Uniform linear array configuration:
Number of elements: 12
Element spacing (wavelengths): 1
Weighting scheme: binomial
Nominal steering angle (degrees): -15
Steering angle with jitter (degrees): -13.242
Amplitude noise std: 0.05
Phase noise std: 0.05

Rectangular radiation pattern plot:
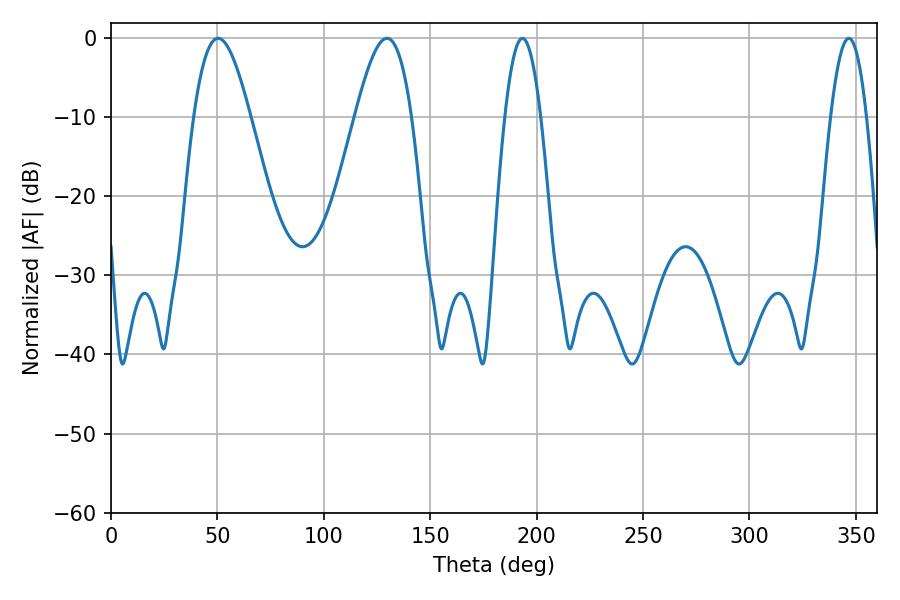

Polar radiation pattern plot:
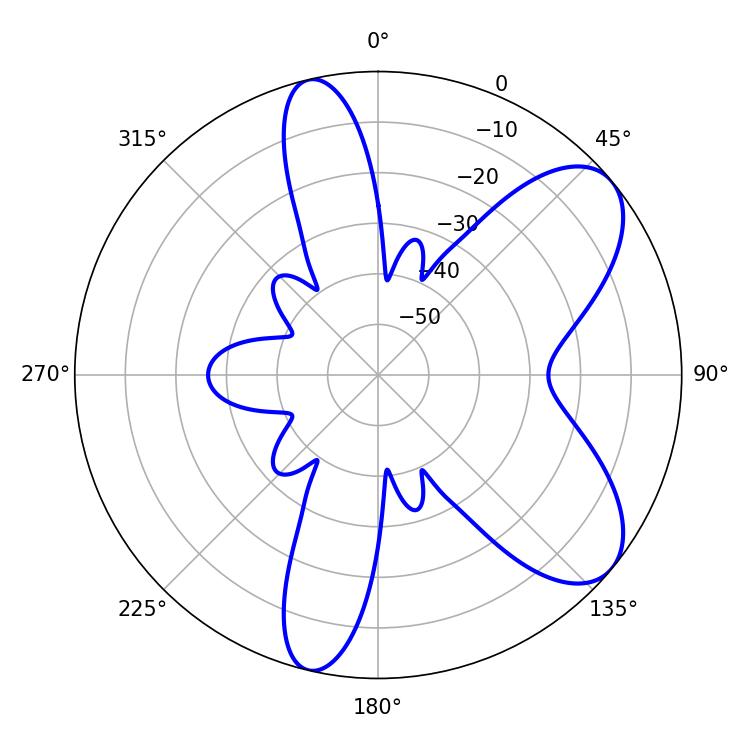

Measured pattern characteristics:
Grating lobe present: TRUE
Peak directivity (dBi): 7.629
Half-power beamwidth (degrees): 9.18
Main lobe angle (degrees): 193.32